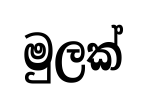
මුලක්